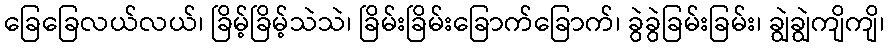
ခြေခြေလယ်လယ်၊ ခြိမ့်ခြိမ့်သဲသဲ၊ ခြိမ်းခြိမ်းခြောက်ခြောက်၊ ခွဲခွဲခြမ်းခြမ်း၊ ချွဲချွဲကျိကျိ၊